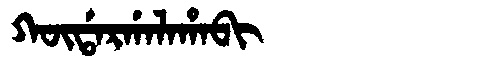
Manchu: ᡴᡡᡩᠠᡵᡤᠠᠯᠠᡥᠠᠪᡳ
Romanization: KŪDARGALAHABI